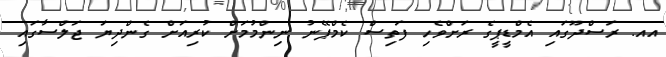
އއ. ރަސްދޫގައި އެމްޑީޕީގެ ރަށްވެހި ފަތިސް ކެމްޕޭނު ނިންމުމަށް ކުރިއަށް ގެންދިޔަ ޖަލްސާގައި